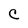
Character: c